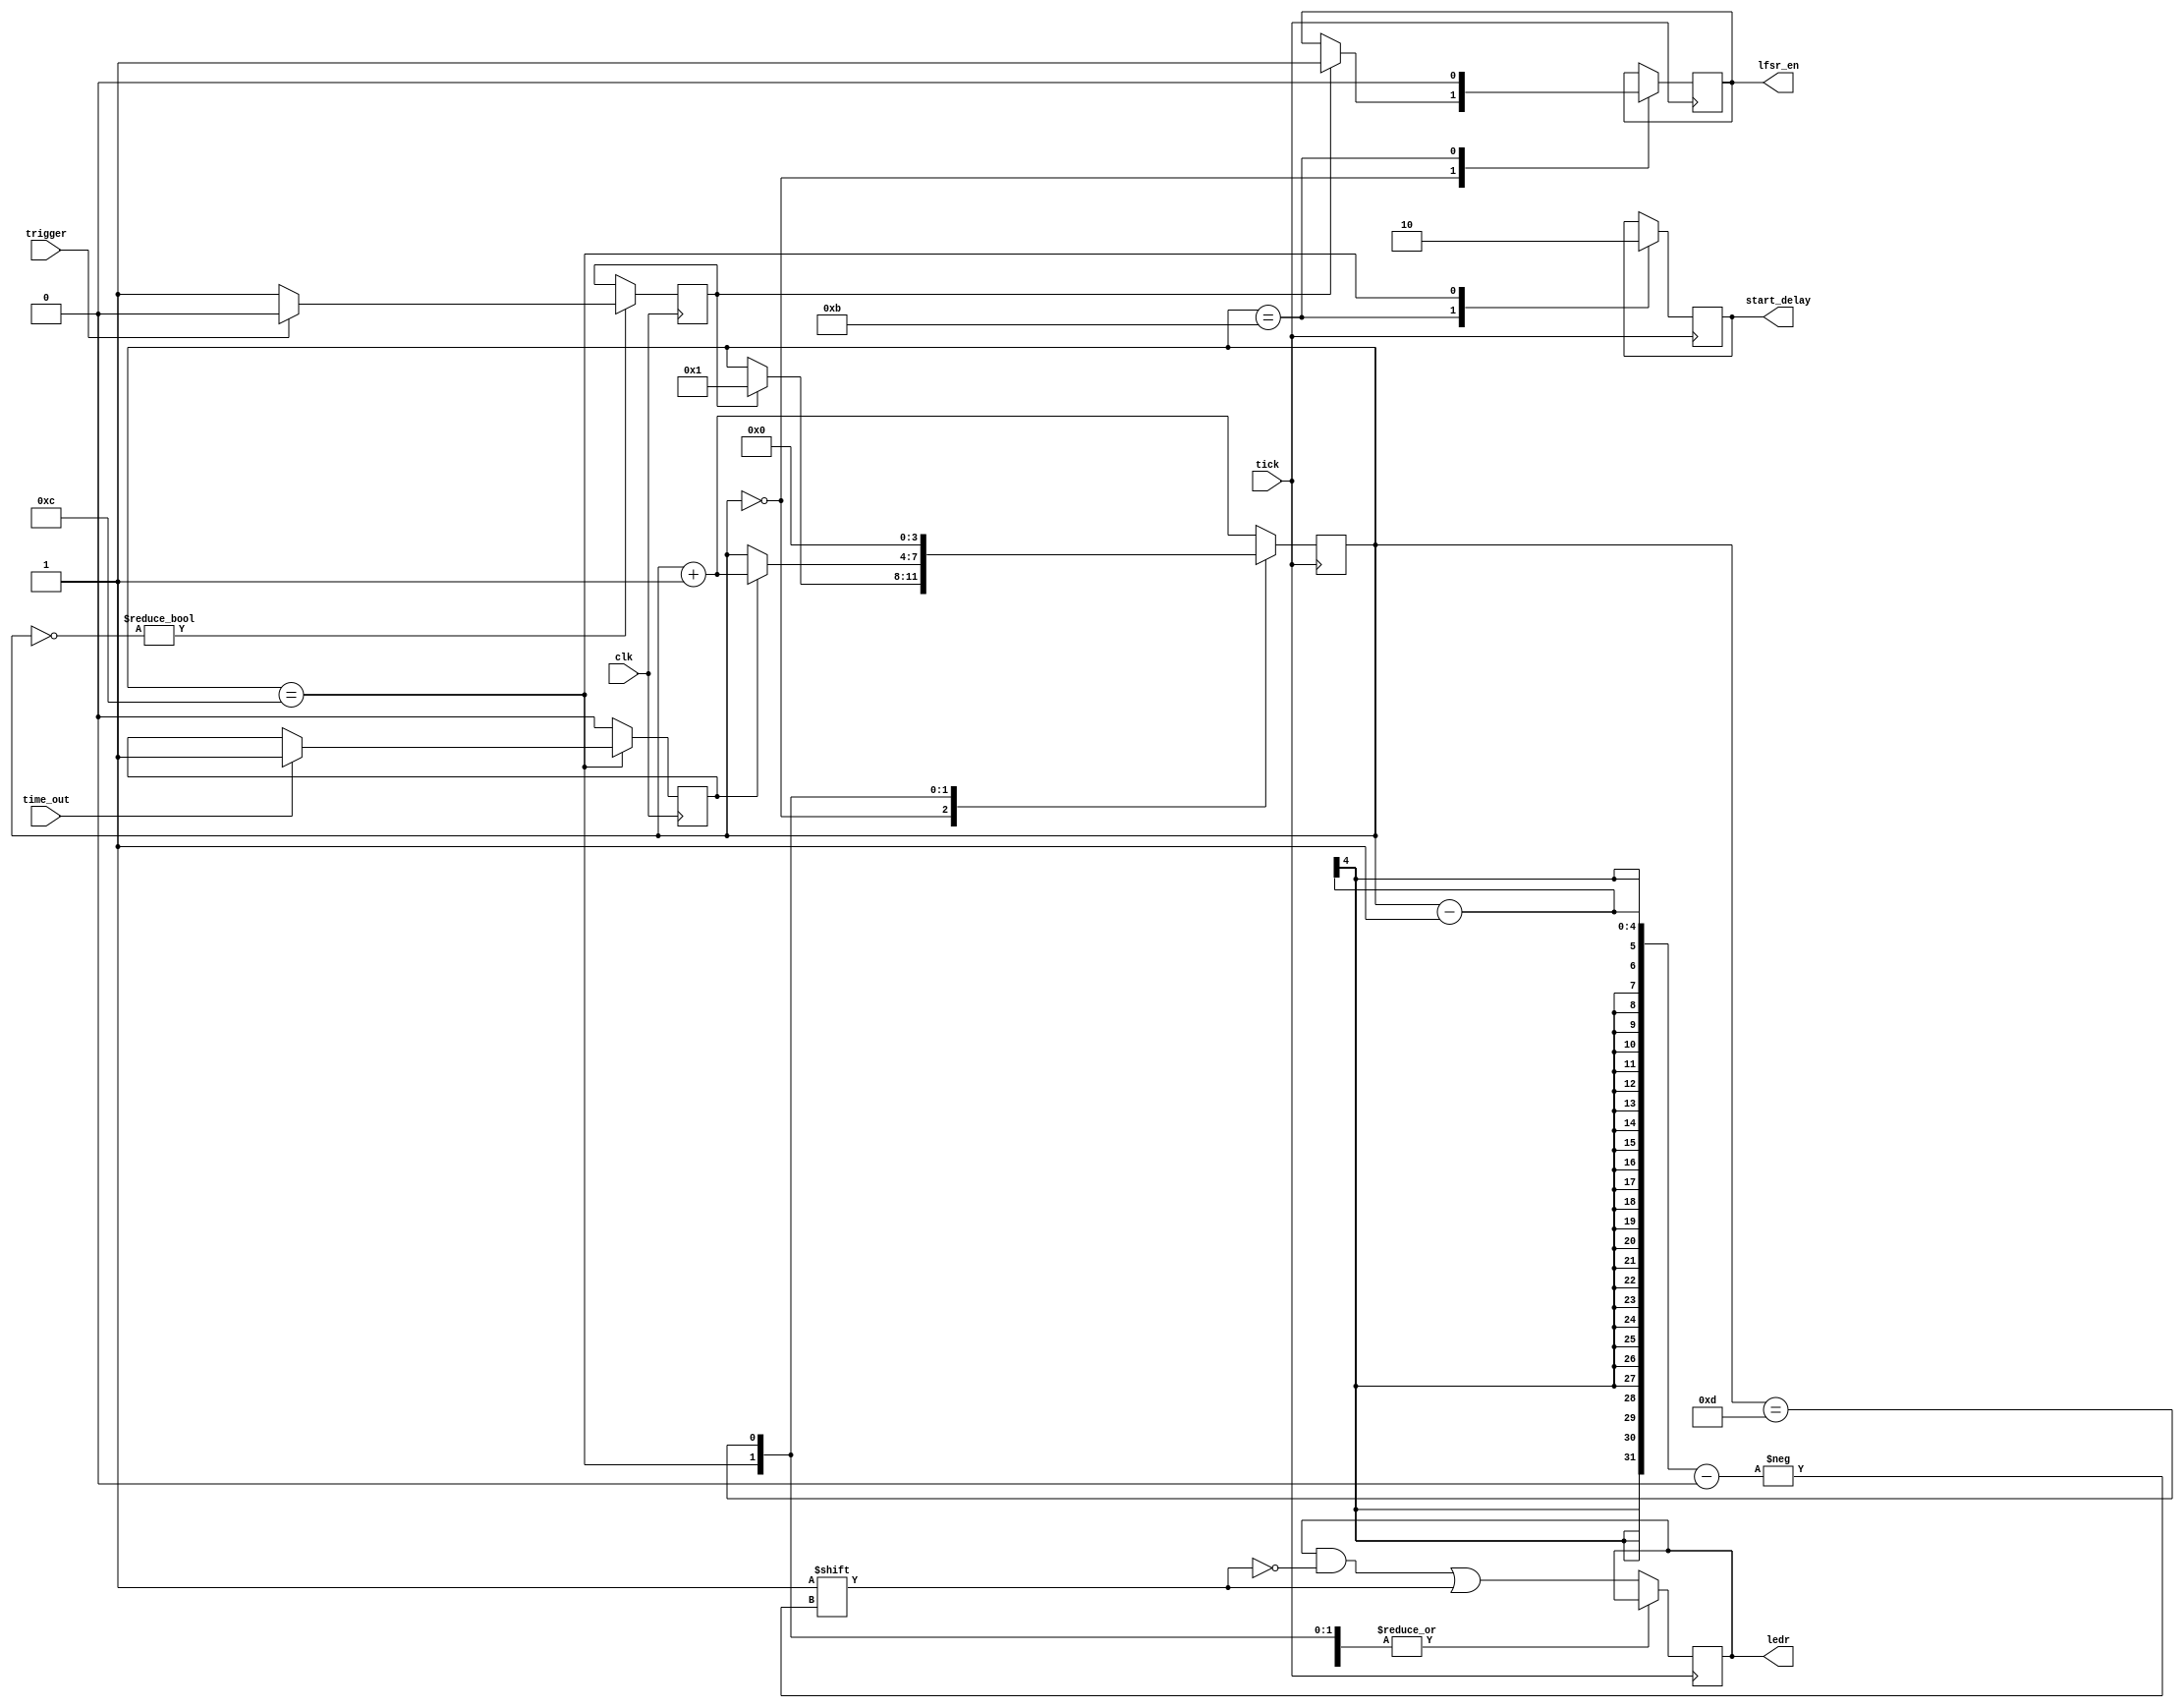
module starting_line_fsm(
	clk,
	tick,
	trigger,
	time_out,
	lfsr_en,
	start_delay,
	ledr
);
	input clk,tick,trigger,time_out;
	output reg lfsr_en,start_delay;
	output reg [9:0] ledr;
	
	reg [3:0] state;
	initial lfsr_en = 0;
	initial ledr = 10'b0;
	initial state = 4'b0;
	initial start_delay = 0;
	reg timeout;
	initial timeout = 0;
	reg triggered;
	initial triggered = 0;
	
	
	always @ (posedge clk) begin
		if (state == 12) begin
			if (time_out==1) begin
				timeout <= 1;
			end
		end
		else
			timeout <= 0;
		if (~state)
			if (trigger == 0)
				triggered <= 1;
		else
			triggered <= 0;
	end
	
	always @ (posedge tick) begin
		case(state)
		0: begin
			if (triggered) begin
				state <= 1;
				lfsr_en <= 1;
			end
		end
		
		// pause lfsr and start delay timer
		11: begin
			lfsr_en<=0;
			start_delay<=1;
			state <= state+1;
		end
		12: begin
			start_delay<=0;
			if (timeout)
				state <= state + 1;
		end
		13: begin
			ledr[9:0] = 0;
			state <= 0;
		end
		default: begin
		// If the state is 1-10, turn on an LED and increment state
			state <= state + 1;
			ledr[state-1] <= 1;
		end
		endcase
	end
		
endmodule